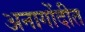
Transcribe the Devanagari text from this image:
अनागोंदीत